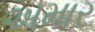
અમાર